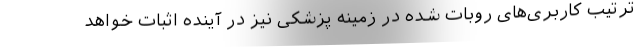
ترتیب کاربری‌های روبات شده در زمینه پزشکی نیز در آینده اثبات خواهد